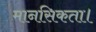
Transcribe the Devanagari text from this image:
मानसिकता।